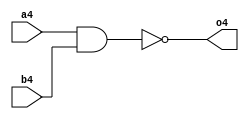
module nand_data(o4,a4,b4);
output o4;
input a4,b4;
assign o4=~(a4&b4);
endmodule